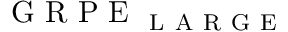
\mathrm { ~ G ~ R ~ P ~ E ~ } _ { \mathrm { ~ L ~ A ~ R ~ G ~ E ~ } }